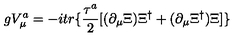
g V _ { \mu } ^ { a } = - i t r \{ \frac { \tau ^ { a } } { 2 } [ ( \partial _ { \mu } \Xi ) \Xi ^ { \dag } + ( \partial _ { \mu } \Xi ^ { \dag } ) \Xi ] \}